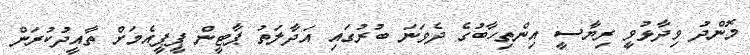
މޮންދު ވިދާޅުވީ ރިޔާސީ އިންތިހާބުގެ ދެވަނަ ބުރުގައި އަދާލަތު ޕާޓީން ޕީޕީއެމަށް ތާއީދުކުރަން